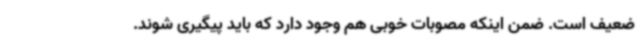
ضعیف است. ضمن اینکه مصوبات خوبی هم وجود دارد که باید پیگیری شوند.